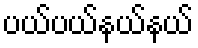
ပယ်ပယ်နယ်နယ်